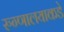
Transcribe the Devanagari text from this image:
रुग्णालयाकडे